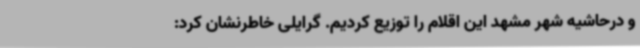
و درحاشیه شهر مشهد این اقلام را توزیع کردیم. گرایلی خاطرنشان کرد: